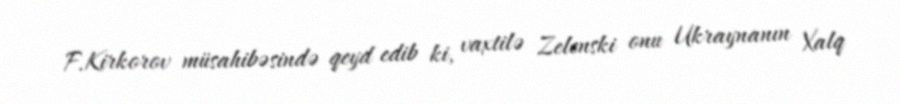
F.Kirkorov müsahibəsində qeyd edib ki, vaxtilə Zelenski onu Ukraynanın Xalq